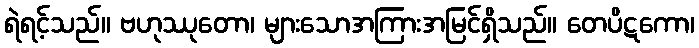
ရဲရင့်သည်။ ဗဟုဿုတော၊ များသောအကြားအမြင်ရှိသည်။ တေပိဋကော၊